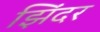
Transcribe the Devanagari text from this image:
झिंदर